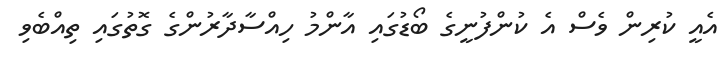
އެއީ ކުރިން ވެސް އެ ކުންފުނީގެ ބޯޑުގައި އާންމު ހިއްސާދާރުންގެ ގޮތުގައި ތިއްބެވި